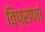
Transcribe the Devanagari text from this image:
विप्राणां